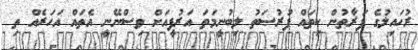
ރުހައިލުގެ ފަރާތުން ކިތައް ފުރުޞަތު ލިބުނީމަތަ އަރުފީއަށް ވިސްނޭނީ އެތައް އަހަރެއް ތި